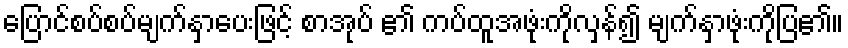
ပြောင်စပ်စပ်မျက်နှာပေးဖြင့် စာအုပ် ၏ ကပ်ထူအဖုံးကိုလှန်၍ မျက်နှာဖုံးကိုပြ၏။